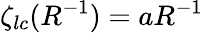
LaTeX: \zeta_{lc}(R^{-1})=aR^{-1}